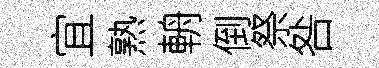
宜熟輈倒祭咎